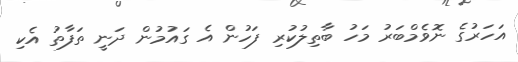
އަހަރުގެ ނޮވެމްބަރު މަހު ބާތިލުކުރި ފަހުން އެ ގައުމުން ދަނީ ތަފާތު އެކި